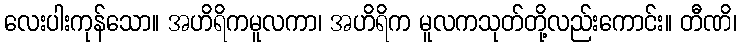
လေးပါးကုန်သော။ အဟိရိကမူလကာ၊ အဟိရိက မူလကသုတ်တို့လည်းကောင်း။ တီဏိ၊